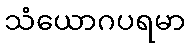
သံယောဂပရမာ